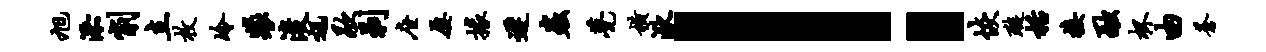
旭添削立枚冷裴浚迅歇剥座屡掾迟虫甍横湫！恢璇栝接融杯由苍